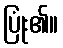
ပြုံး၏။